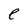
Character: e